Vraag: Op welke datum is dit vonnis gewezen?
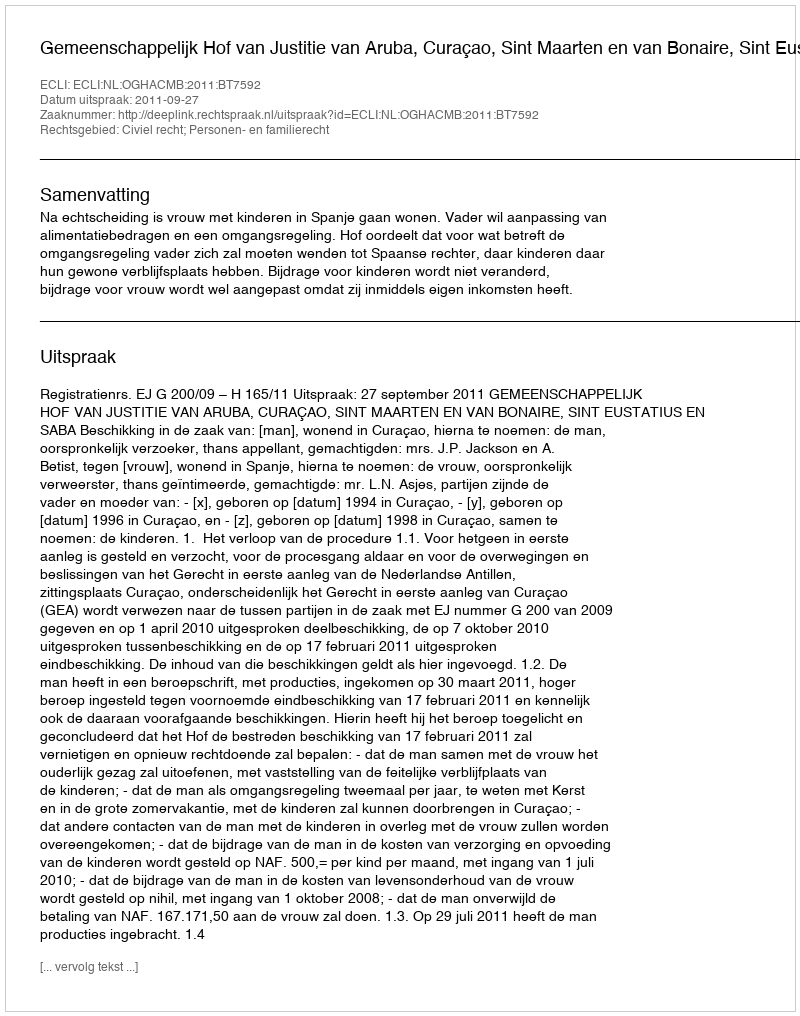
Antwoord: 2011-09-27